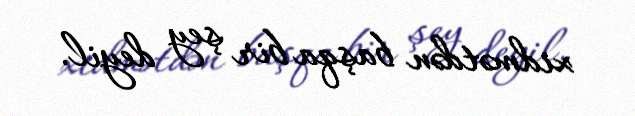
xidmətdən başqa bir şey deyil.